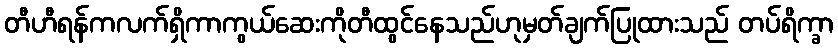
တီဟီရန်ကလက်ရှိကာကွယ်ဆေးကိုတီထွင်နေသည်ဟုမှတ်ချက်ပြုထားသည် တပ်ရိက္ခာ